Juri_Uluots, lk 47
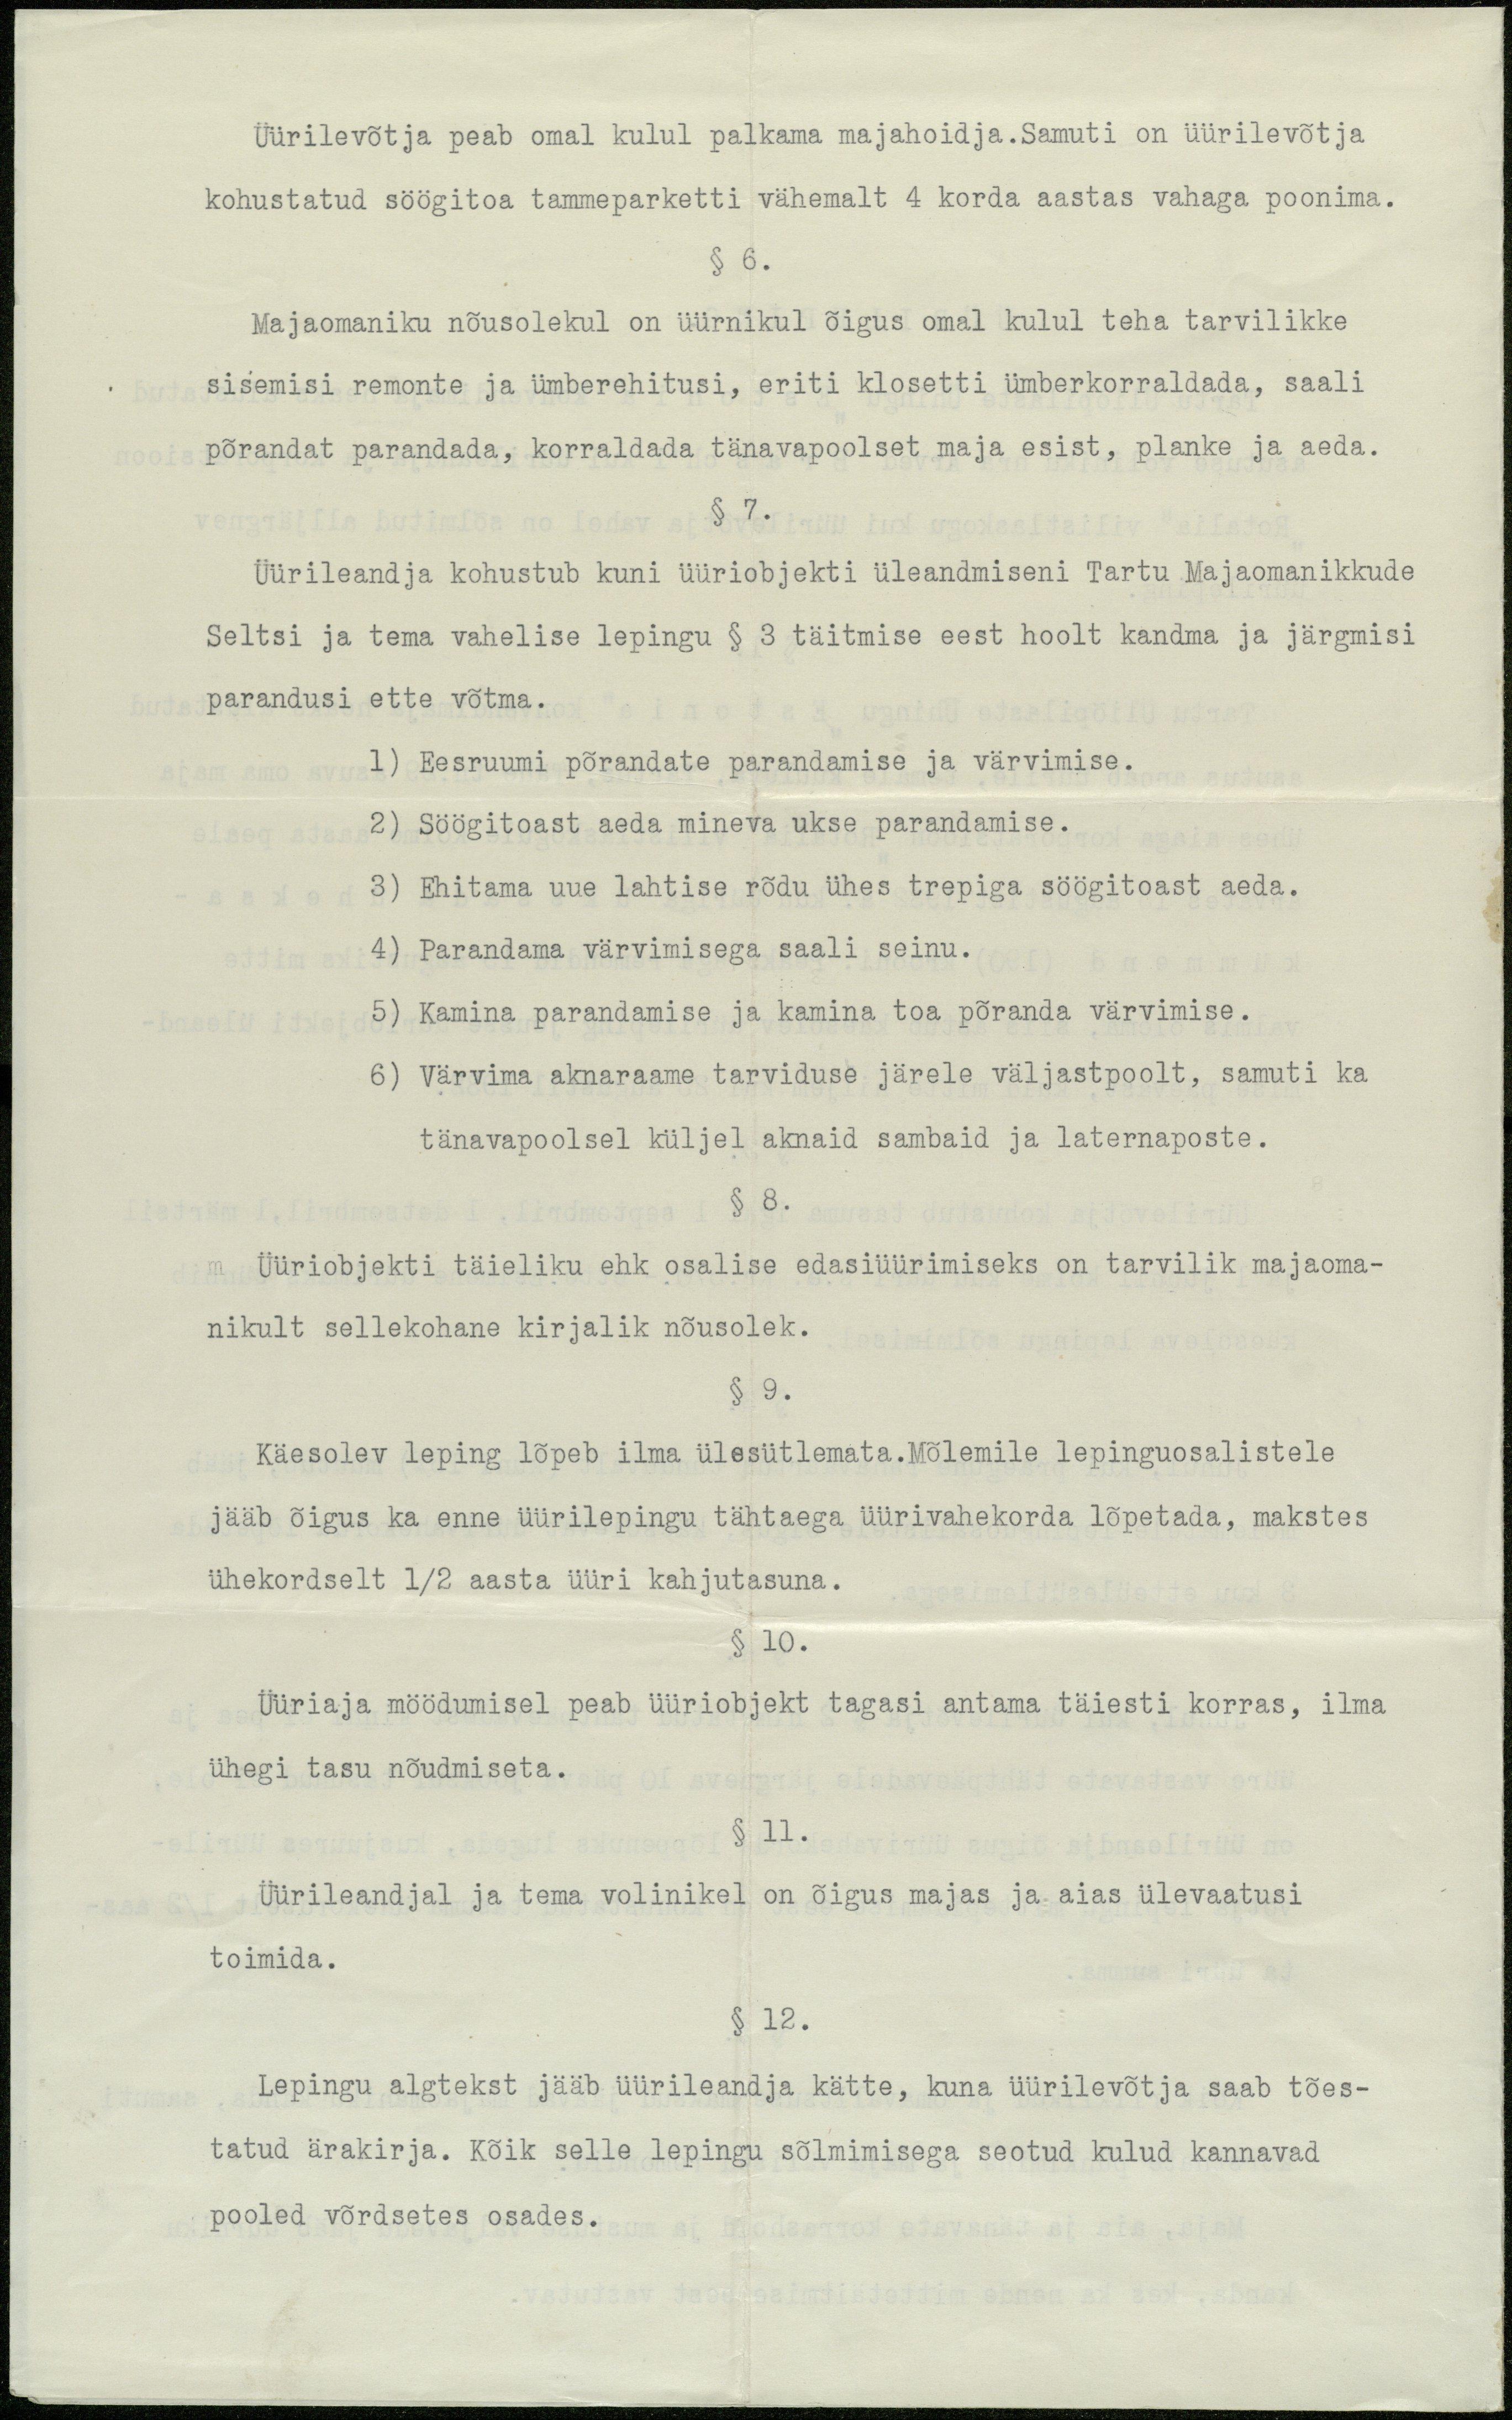
Üürilevõtja peab omal kulul palkama majahoidja. Samuti on üürilevõtja
kohustatud söögitoa tammeparketti vähemalt 4 korda aastas vahaga poonima.
§ 6.
Majaomaniku nõusolekul on üürnikul õigus omal kulul teha tarvilikke
sisemisi remonte ja ümberehitusi, eriti klosetti ümberkorraldada, saali
põrandat parandada, korraldada tänavapoolset maja esist, planke ja aeda.
§ 7.
Üürileandja kohustub kuni üüriobjekti üleandmiseni Tartu Majaomanikkude
Seltsi ja tema vahelise lepingu § 3 täitmise eest hoolt kandma ja järgmisi
parandusi ette võtma.
1) Eesruumi põrandate parandamise ja värvimise.
2) Söögitoast aeda mineva ukse parandamise.
3) Ehitama uue lahtise rõdu ühes trepiga söögitoast aeda.
4) Parandama värvimisega saali seinu.
5) Kamina parandamise ja kamine toa põranda värvimise.
6) Värvima aknaraame tarviduse järele väljastpoolt, samuti ka
tänavapoolsel küljel aknaid sambaid ja laternaposte.
§ 8.
Üüriobjekti täieliku ehk osalise edasiüürimiseks on tarvilik majaoma-
nikult sellekohane kirjalik nõusolek.
§ 9.
Käesolev leping lõpeb ilma ülesütlemata.Mõlemile lepinguosalistele
jääb õigus ka enne üürilepingu tähtaega üürivahekorda lõpetada, makstes
ühekordselt 1/2 aasta üüri kahjutasuna.
§ 10.
Üüriaja möödumisel peab üüriobjekt tagasi antama täiesti korras, ilma
ühegi tasu nõudmiseta.
§ 11.
Üürileandjal ja tema volinikel on õigus majas ja aias ülevaatusi
toimida.
§ 12.
Lepingu algtekst jääb üürileandja kätte, kuna üürilevõtja saab tões-
tatud ärakirja. Kõik selle lepingu sõlmimisega seotud kulud kannavad
pooled võrdsetes osades.